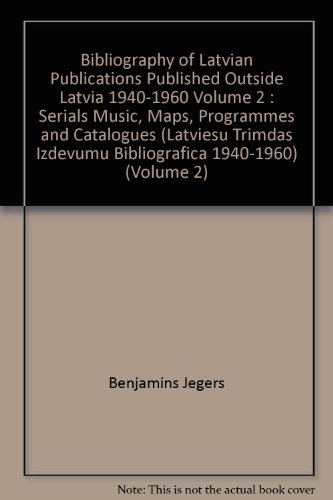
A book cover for Bibliography of Latvian Publications Published Outside Latvia 1940-1960 V. 2 Serials Music, Maps, Pr; Benjamins Jegers; Travel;